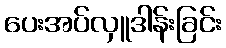
ပေးအပ်လှူဒါန်းခြင်း